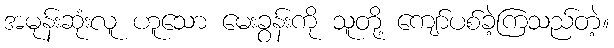
အမုန်းဆုံးလူ ဟူသော မေးခွန်းကို သူတို့ ကျော်ပစ်ခဲ့ကြသည်တဲ့။